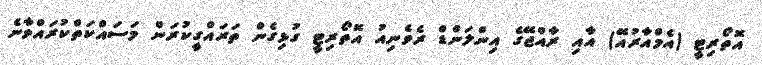
އޮތޯރިޓީ (އެމްއާރުއޭ) އާއި ރާއްޖޭގެ އިންލަންޑް ރެވެނިއު އޮތޯރިޓީ ގުޅިގެން ތަރައްގީކުރަން މަސައްކަތްކުރައްވާނެ